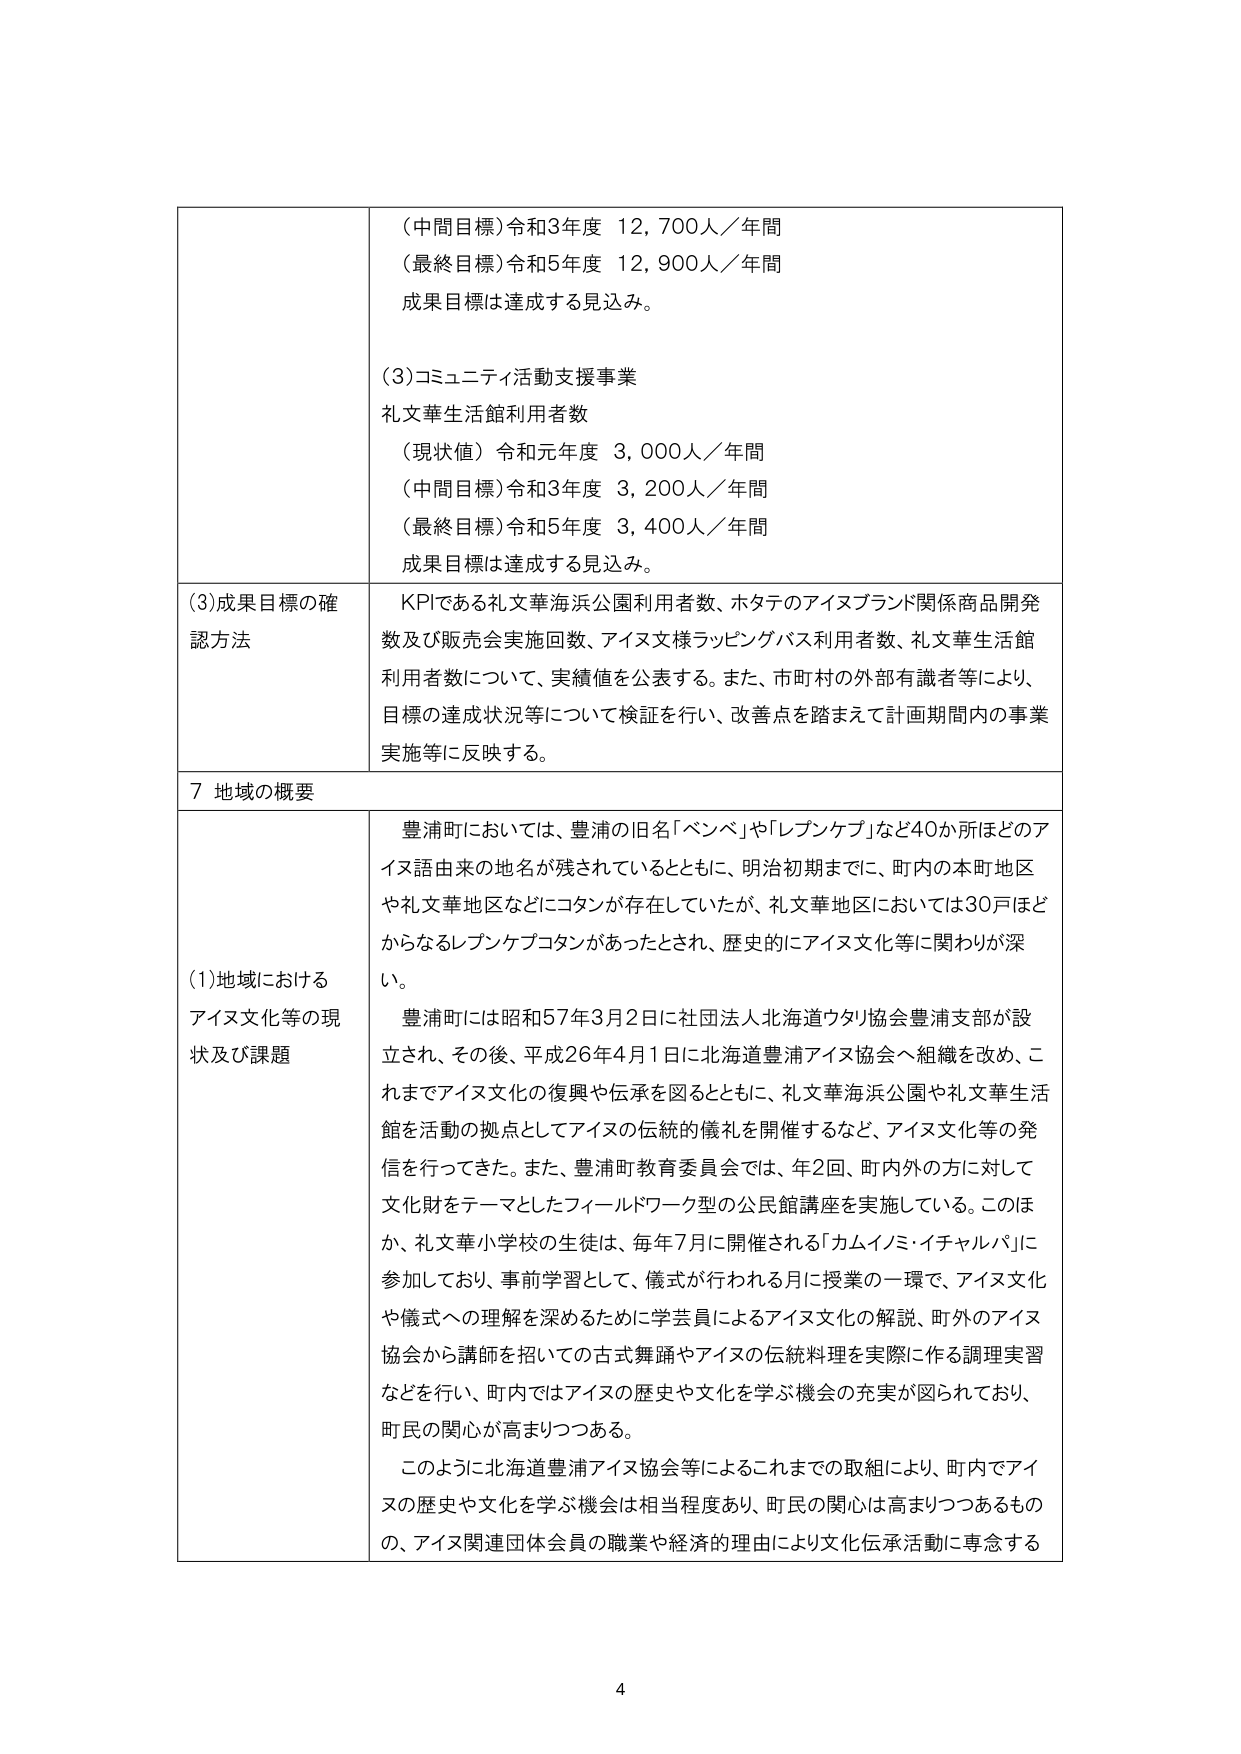
（中間目標）令和3年度 12,700人／年間
（最終目標）令和5年度 12,900人／年間
成果目標は達成する見込み。

（3）コミュニティ活動支援事業
礼文華生活館利用者数
（現状値）令和元年度 3,000人／年間
（中間目標）令和3年度 3,200人／年間
（最終目標）令和5年度 3,400人／年間
成果目標は達成する見込み。

（3）成果目標の確認方法
KPIである礼文華海浜公園利用者数、ホタテのアイヌブランド関係商品開発数及び販売会実施回数、アイヌ文様ラッピングバス利用者数、礼文華生活館利用者数について、実績値を公表する。また、市町村の外部有識者等により、目標の達成状況等について検証を行い、改善点を踏まえて計画期間内の事業実施等に反映する。

7 地域の概要

（1）地域におけるアイヌ文化等の現状及び課題
豊浦町においては、豊浦の旧名「ベンベ」や「レブンケブ」など40か所ほどのアイヌ語由来の地名が残されているとともに、明治初期までに、町内の本町地区や礼文華地区などにコタンが存在していたが、礼文華地区においては30戸ほどからなるレブンケブコタンがあったとされ、歴史的にアイヌ文化等に関わりが深い。
豊浦町には昭和57年3月2日に社団法人北海道ウタリ協会豊浦支部が設立され、その後、平成26年4月1日に北海道豊浦アイヌ協会へ組織を改め、これまでアイヌ文化の復興や伝承を図るとともに、礼文華海浜公園や礼文華生活館を活動の拠点としてアイヌの伝統的儀礼を開催するなど、アイヌ文化等の発信を行ってきた。また、豊浦町教育委員会では、年2回、町内外の方に対して文化財をテーマとしたフィールドワーク型の公民館講座を実施している。このほか、礼文華小学校の生徒は、毎年7月に開催される「カムイノミ・イチャルパ」に参加しており、事前学習として、儀式が行われる月に授業の一環で、アイヌ文化や儀式への理解を深めるために学芸員によるアイヌ文化の解説、町外のアイヌ協会から講師を招いての古式舞踊やアイヌの伝統料理を実際に作る調理実習などを行い、町内ではアイヌの歴史や文化を学ぶ機会の充実が図られており、町民の関心が高まりつつある。
このように北海道豊浦アイヌ協会等によるこれまでの取組により、町内でアイヌの歴史や文化を学ぶ機会は相当程度あり、町民の関心は高まりつつあるものの、アイヌ関連団体会員の職業や経済的理由により文化伝承活動に専念する

4